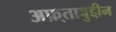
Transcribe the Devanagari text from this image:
अफ़्ताबुद्दीन